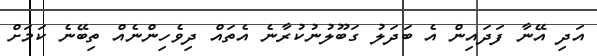
އަދި އޭނާ ފަދައިން އެ ބަދަލު ގަބޫލުނުކުރާނެ އެތައް ދިވެހިންނެއް ތިބޭނެ ކަމަށް